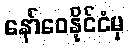
နော်ဝေနိုင်ငံမှ